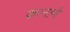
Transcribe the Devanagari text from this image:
करनामे